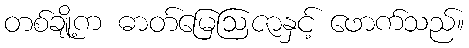
တစ်ချို့က ဓာတ်မြေဩဇာနှင့် ဖောက်သည်။